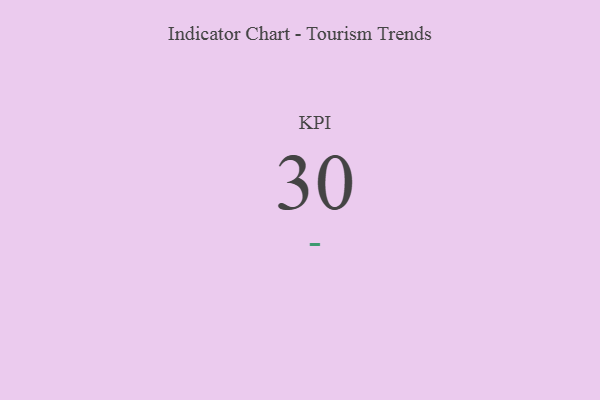
{"axis": {"x": "KPI", "y": "Value"}, "legend": [""], "data": [{"x": "KPI", "y": 30, "type": ""}]}